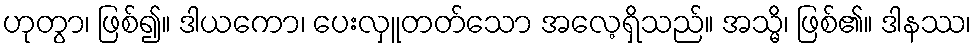
ဟုတွာ၊ ဖြစ်၍။ ဒါယကော၊ ပေးလှူတတ်သော အလေ့ရှိသည်။ အသ္မိ၊ ဖြစ်၏။ ဒါနဿ၊